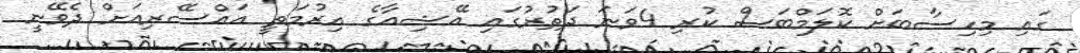
ގައި މިހިސާބަށް ކޮލަމްބަސް ކުރި 4ވަނަ ދަތުރުގައި އޭޝިއާގެ އިރުމަތީ އައްސޭރިއަށް ދެވޭނީ